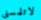
لاتلمسني